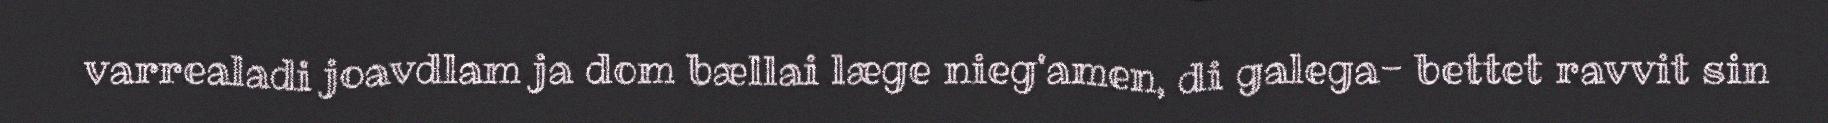
varrealadi joavdlam ja dom bællai læge nieg'amen, di galega- bettet ravvit sin